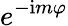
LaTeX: e^{-\mathrm{i}m\varphi}